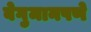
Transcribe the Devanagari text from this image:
बेगुमानपणे